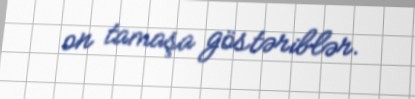
on tamaşa göstəriblər.